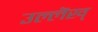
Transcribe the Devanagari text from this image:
उल्लॆख्